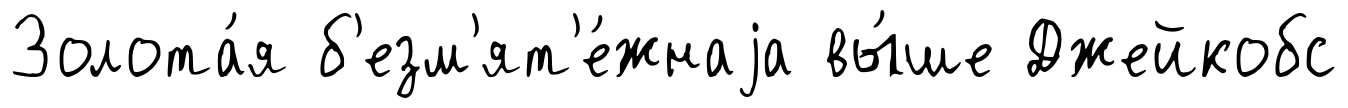
Золота́я б'езм'ят'е́жнаjа вы́ше Джейкобс